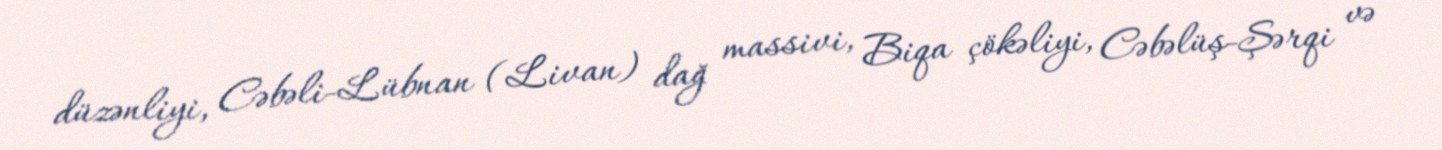
düzənliyi, Cəbəli-Lübnan (Livan) dağ massivi, Biqa çökəliyi, Cəbəlüş-Şərqi və